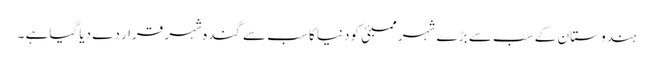
ہندوستا ن کے سب سے بڑ ے شہر ممبئی کودنیا کا سب سے گندہ شہر قرا ر دے دیا گیاہے ۔